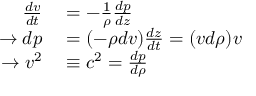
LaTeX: \begin{array} { r l } { { \frac { d v } { d t } } } & { { } = - { \frac { 1 } { \rho } } { \frac { d p } { d z } } } \\ { \rightarrow d p } & { { } = ( - \rho d v ) { \frac { d z } { d t } } = ( v d \rho ) v } \\ { \rightarrow v ^ { 2 } } & { { } \equiv c ^ { 2 } = { \frac { d p } { d \rho } } } \end{array}